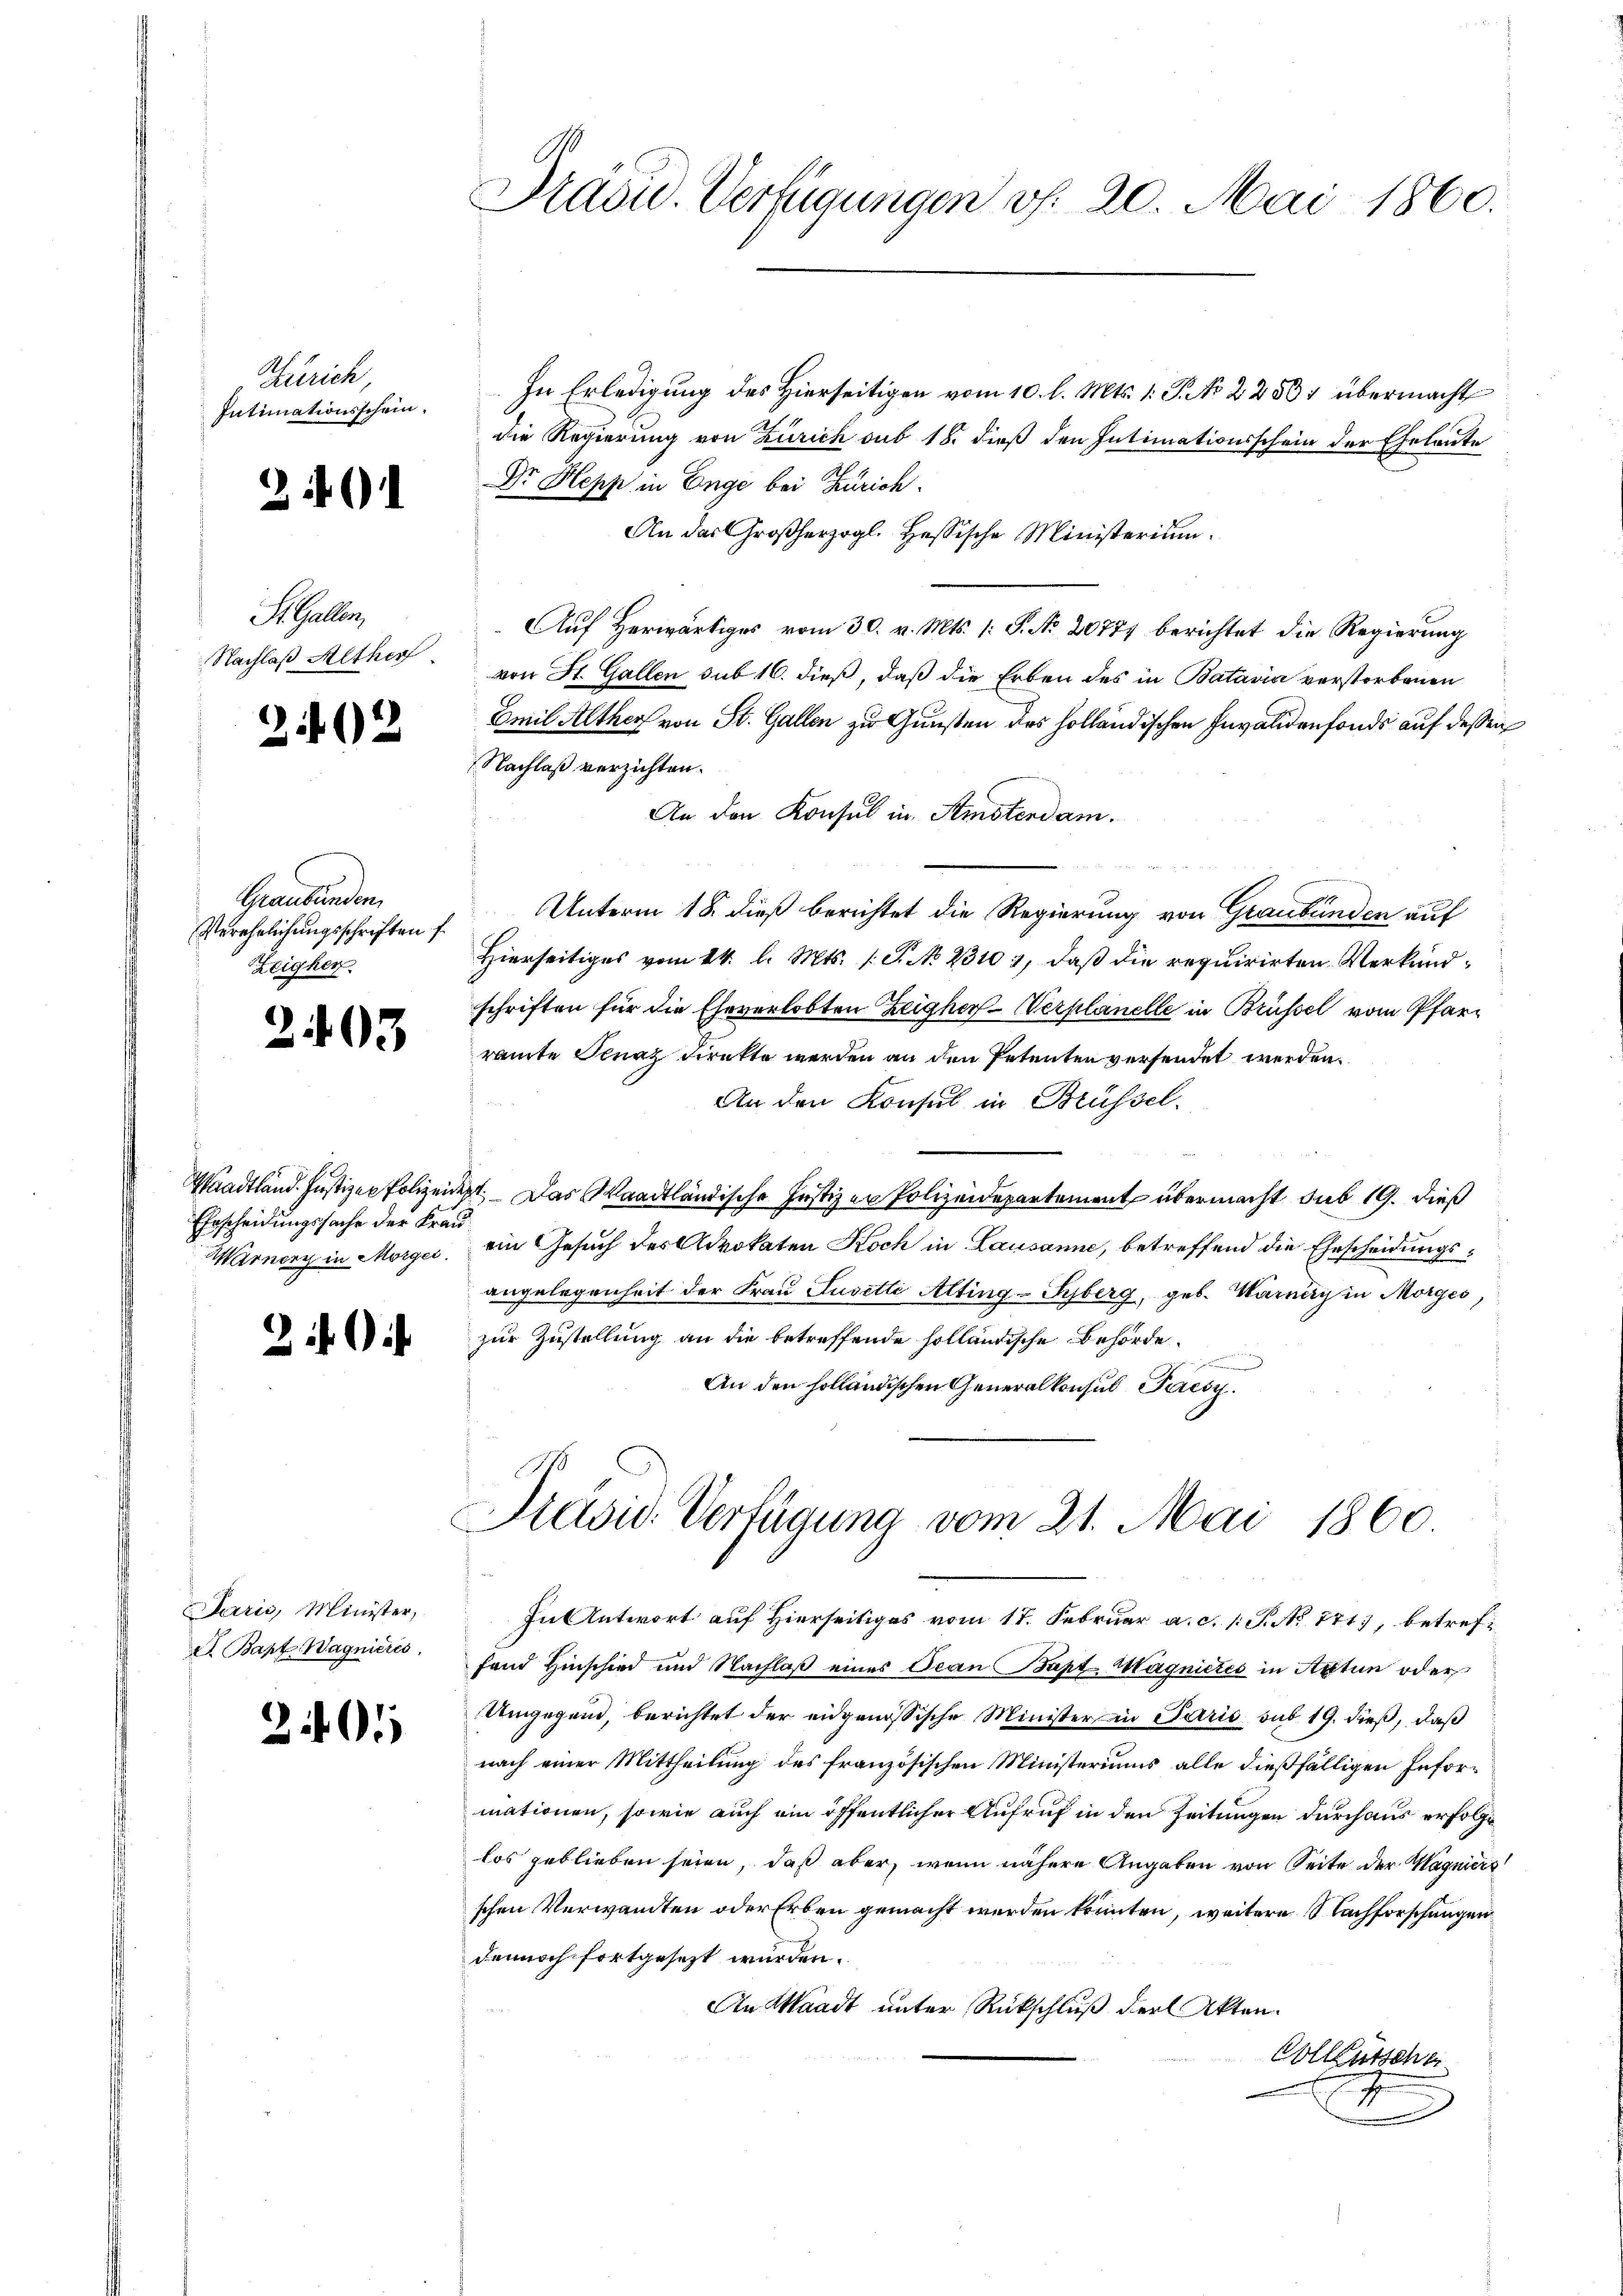
Zürich,
Intimationsschein.

26)

S. Galler
Nachlaß Alther

202

Graubünden,
Verehelichungsschriften f
Zeigher

203

Ehrscheidungssache der Frau¬

39

Paris, Minister,
et Bapt. Wagnieres

21

n
Präsid. Verfügungen v. 20. Mai 1860.

In Erledigung des Hierseitigen vom 10. l. Mts. 1. P. No 2288; übermacht
die Regierung von Zürich sub 18. dieß den Intimationsschein der Eheleute
Dr Hepp in Enge bei Zürich.
An das Großherzogl. Hessische Ministerium.
Auf Herwärtiges vom 30. v. Mts. 1. S. No. 20771 berichtet die Regierung
von St. Gallen sub 16. dieß, daß die Erben des in Batavia verstorbenen
Emil Alther von St. Gallen zu Gunsten des holländischen Invalidenfonds auf dessen
Nachlaß verzichten.
An den Konsul in Amsterdam.
Unterm 18. dieß berichtet die Regierung von Graubünden auf
Hierseitiges vom 14. l. Mts. (T. No 23101, daß die requirirten Verkundschriften für die Eheverlobten Zeighorf-Werplanelle in Brüssel vom Pfarr
ramte Finaz Direkte werden an den Petenten versendet werden.
An den Konsul in Brüssel.
Waadtland. Justizen Polizeidigt. Das Waadtländische Justiz er Polizeidepartement übermacht sub 19. dieß
Warner in Morges. ein Gesuch des Advokaten Koch in Lausanne, betreffend die Ehescheidungsangelegenheit der Frau Juvette Alting-Syberg, geb. Warney in Morges,
zur Zustellung an die betreffende solländische Behörde
.
An den holländischen Generalkonsul Paresz

Präsid. Verfügung vom 21. Mai 1860.

In Antwort auf Hierseitiges vom 17. Februar a. c. 1. P. No 771, betreffand Hinschied und Nachlaß eines Oean Bapt Magnietes in Acten oder
Umgegend, berichtet der eidgenössische Minister in Paris sub 19. dieß, daß
nach einer Mittheilung des französischen Ministeriums alle dießfälligen Informationen, sowie auch ein öffentlicher Aufruf in den Zeitungen durchaus erfolge
los geblieben seien, daß aber, wenn nähere Angaben von Seite der Magnierz
schen Verwandten oder Erben gemacht werden könnten, weitere Nachforschungen
dennoch fortgesezt werden.
An Waadt unter Rückschluß der Akten.
Vollzutscha